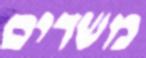
משדים